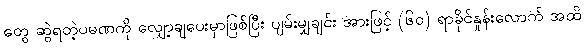
တွေ ဆွဲရတဲ့ပမဏကို လျှော့ချပေးမှာဖြစ်ပြီး ပျမ်းမျှချင်း အားဖြင့် (၆၀) ရာခိုင်နှုန်းလောက် အထိ